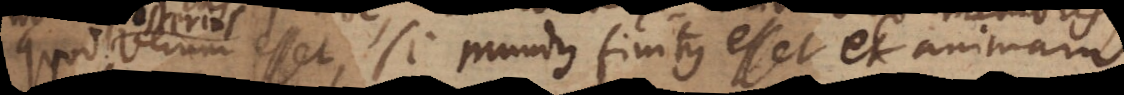
quod verum esset, si mundus finitus esset et animam